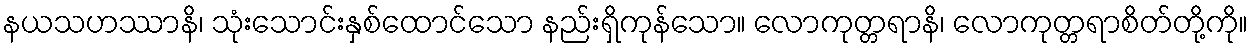
နယသဟဿာနိ၊ သုံးသောင်းနှစ်ထောင်သော နည်းရှိကုန်သော။ လောကုတ္တရာနိ၊ လောကုတ္တရာစိတ်တို့ကို။